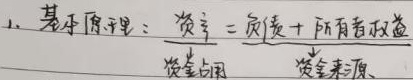
基本原理：资产 = 负债 + 所有者权益
\[
\frac{\text{资金占用}}{\quad} \quad \frac{\text{资金来源}}{\quad}
\]